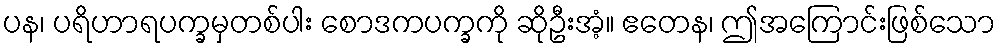
ပန၊ ပရိဟာရပက္ခမှတစ်ပါး စောဒကပက္ခကို ဆိုဦးအံ့။ ဧတေန၊ ဤအကြောင်းဖြစ်သော